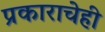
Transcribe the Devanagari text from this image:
प्रकाराचेही